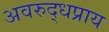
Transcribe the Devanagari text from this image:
अवरुद्धप्राय